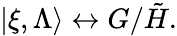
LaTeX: |\xi,\Lambda\rangle\leftrightarrow G/\tilde{H}.